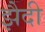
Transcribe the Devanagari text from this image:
झैदी